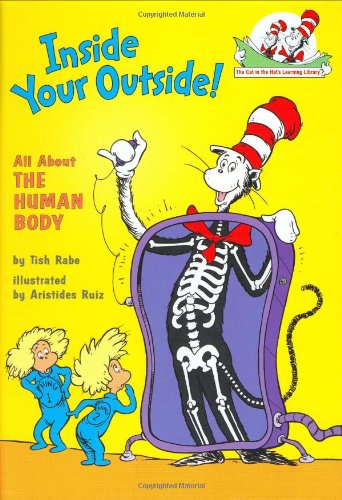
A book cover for Inside Your Outside: All About the Human Body (Cat in the Hat's Learning Library); Tish Rabe; Children's Books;